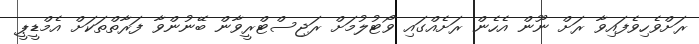
ރަށްވެހިވެފައިވާ ރަށް ނޫން އެހެން ރަށެއްގައި ވޯޓުލުމަށް ރަޖިސްޓްރީވާން ބޭނުންވާ ފަރާތްތަކަށް އެމްޑީޕީ